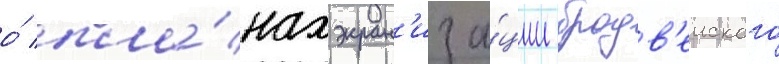
о́ пла́нах экран'иза́ции бродв'еиского